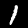
Label: 1